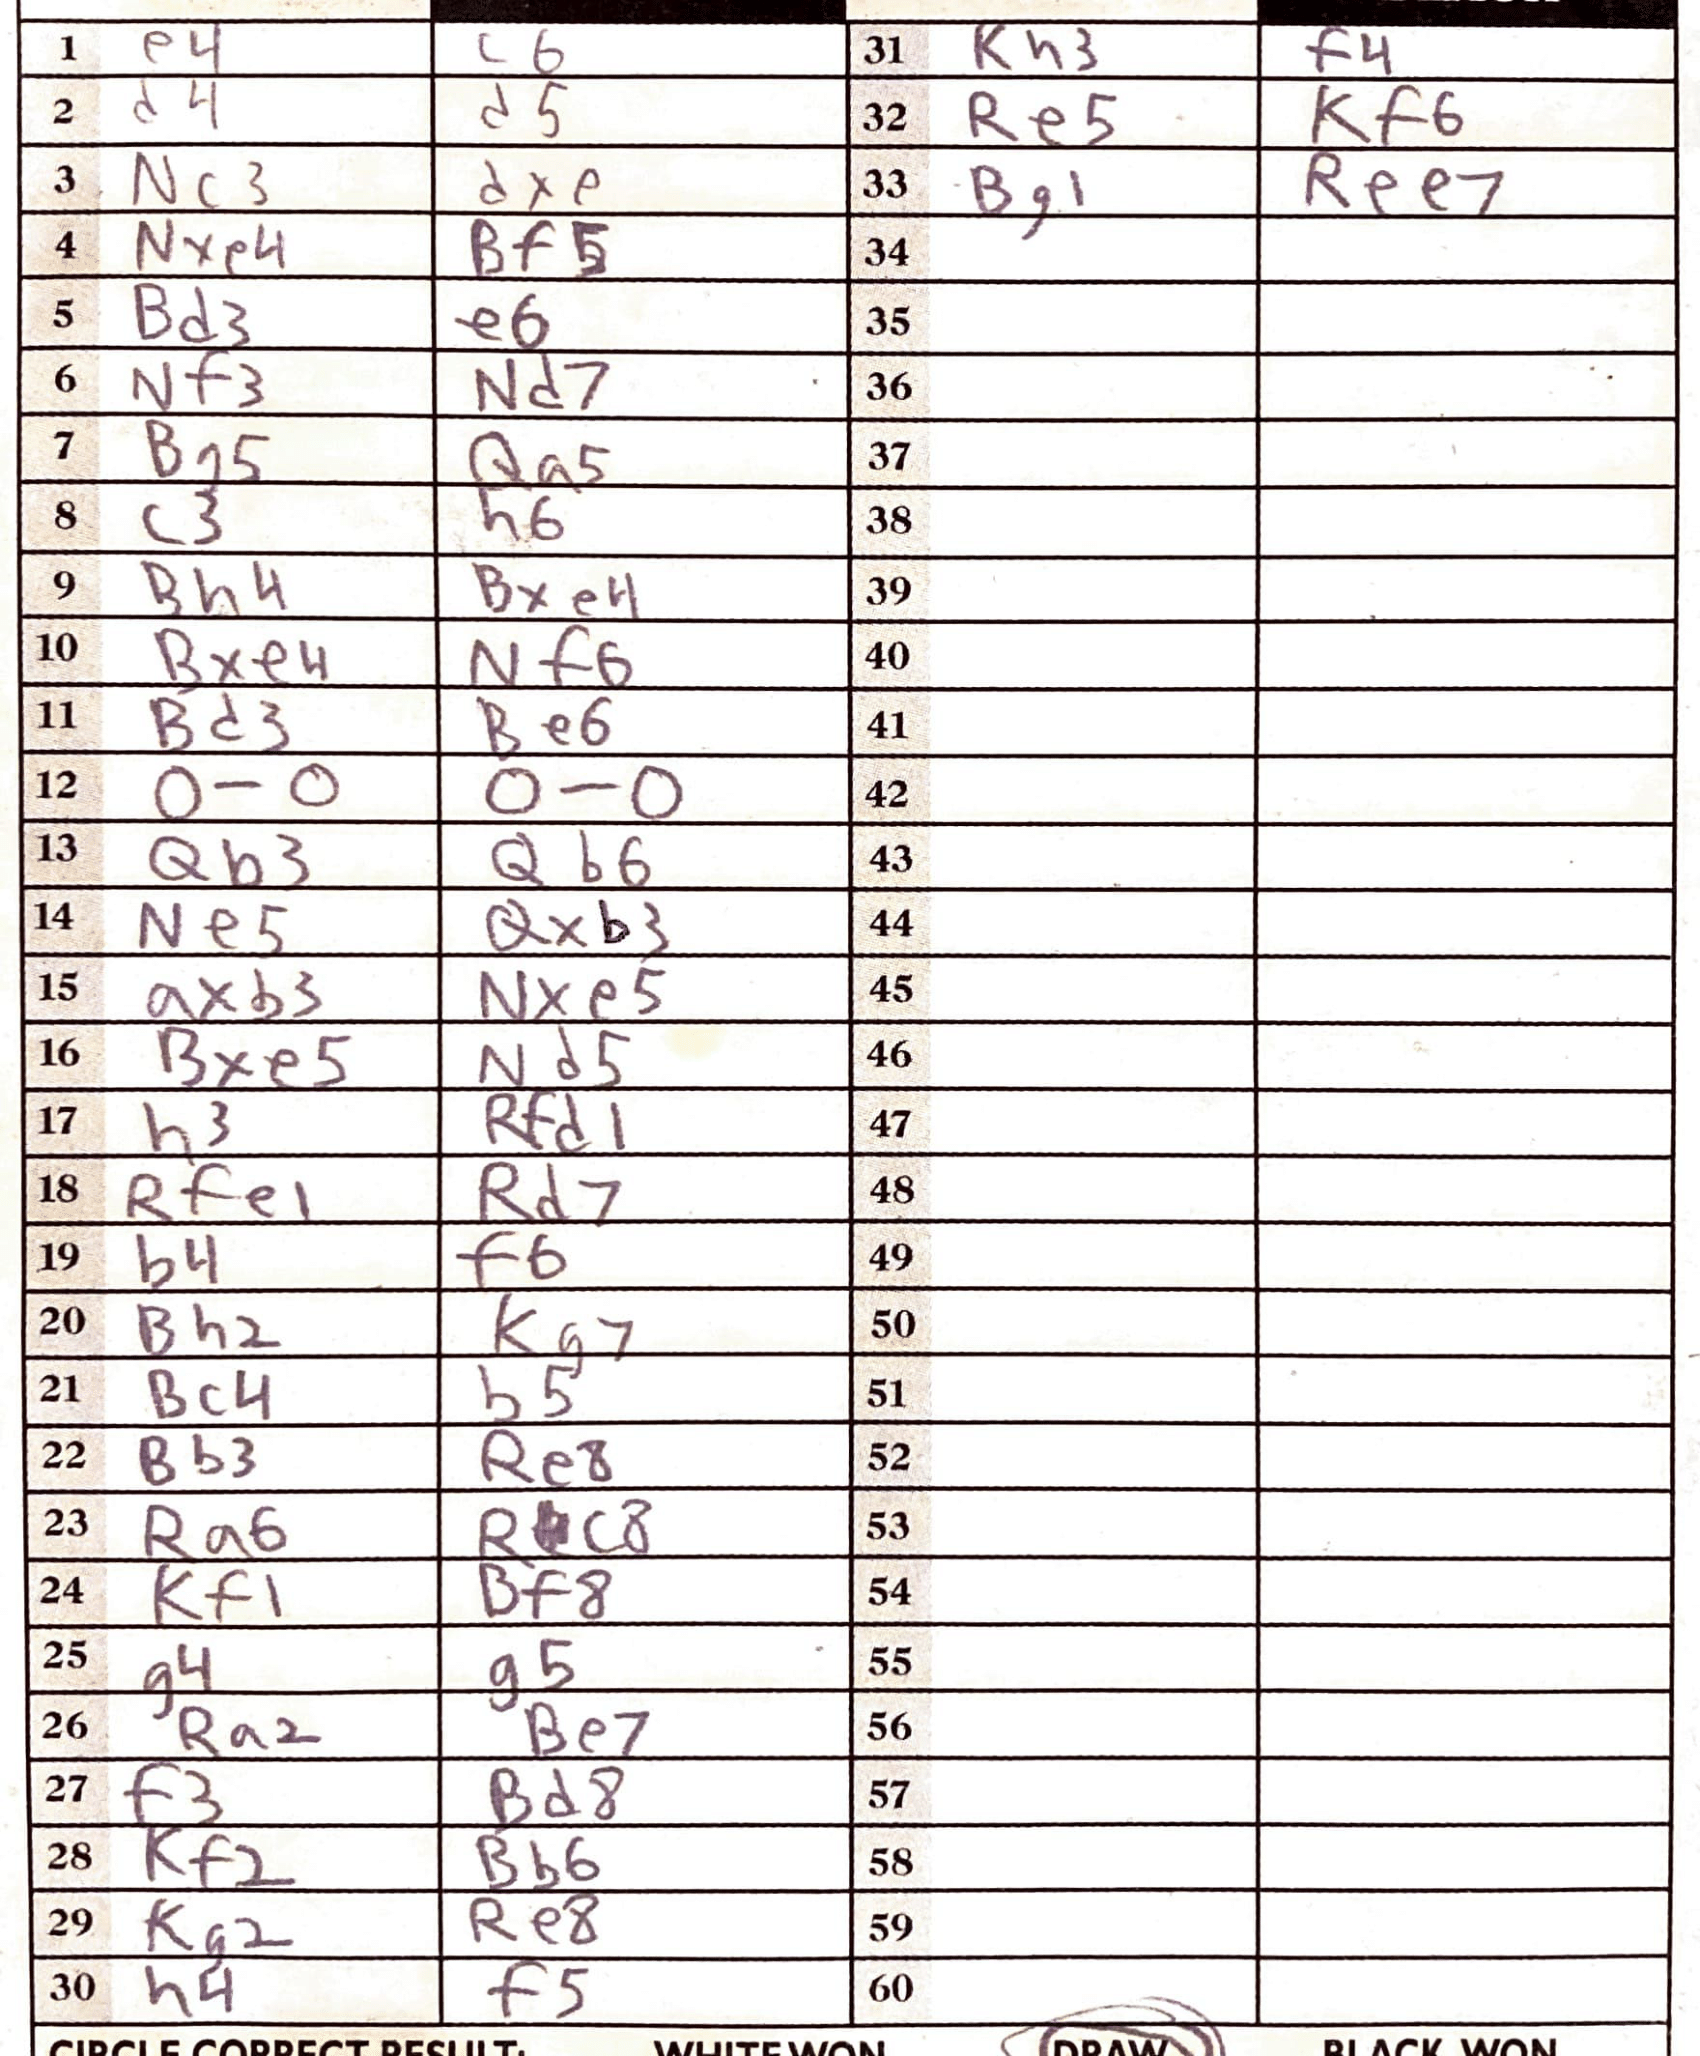
Moves: e4 c6 d4 d5 Nc3 dxe Nxe4 Bf5 B3 e6 Nf3 Nd7 Bg5 Qa5 c3 h6 Bh4 Bxe4 Bxe4 Nf6 Bd3 Be6 O-O O-O Qb3 Qb6 Ne5 Qxb3 axb3 Nxe5 Bxe5 Nd5 h3 Rfd1 Rfe1 Rd7 b4 f6 Bh2 Kg7 Bc4 b5 Bb3 Re8 Ra6 Rc8 Kf1 Bf8 g4 g5 Ra2 Be7 f3 Bd8 Kf2 Bb6 Kg2 Re8 h4 f5 Kh3 f4 Re5 Kf6 Bg1 Ree7